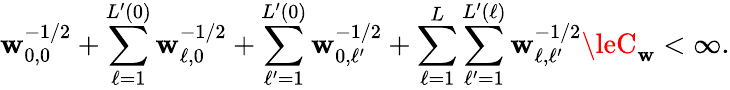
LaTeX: \mathbf{w}_{0,0}^{-1/2}+\sum_{\ell=1}^{L^{\prime}(0)}\mathbf{w}_{\ell,0}^{-1/2}+\sum_{\ell^{\prime}=1}^{L^{\prime}(0)}\mathbf{w}_{0,\ell^{\prime}}^{-1/2}+\sum_{\ell=1}^{L}\sum_{\ell^{\prime}=1}^{L^{\prime}(\ell)}\mathbf{w}_{\ell,\ell^{\prime}}^{-1/2}\leC_{\mathbf{w}}<\infty.